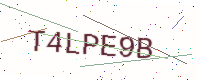
Text: T4LPE9B